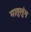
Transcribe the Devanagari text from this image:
मातुलुंग